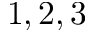
1 , 2 , 3